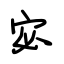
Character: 宓